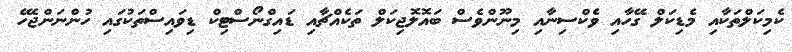
ކެމިކަލްތަކާއި މެޑިކަލް ގޭހާއި ވެކްސިނާއި މިނޫންވެސް ބައޮލޮޖިކަލް ތަކެއްޗާއި ޑައިގްނޯސްޓިކް ޑިވައިސްތަކުގައި ހުންނަންޖެހޭ